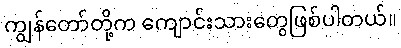
ကျွန်တော်တို့က ကျောင်းသားတွေဖြစ်ပါတယ်။